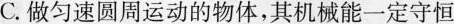
C.做匀速圆周运动的物体，其机械能一定守恒